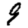
Digit: 9